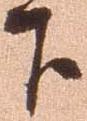
下